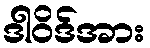
ဒါဝိဒ်အား